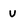
Character: v